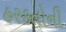
હરકતોની